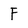
Character: F